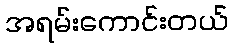
အရမ်းကောင်းတယ်